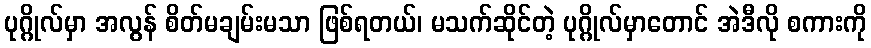
ပုဂ္ဂိုလ်မှာ အလွန် စိတ်မချမ်းမသာ ဖြစ်ရတယ်၊ မသက်ဆိုင်တဲ့ ပုဂ္ဂိုလ်မှာတောင် အဲဒီလို စကားကို